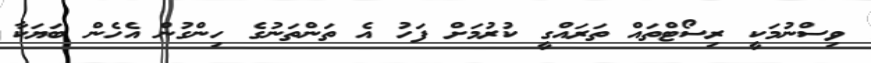
ވިސްނުމަކީ ރިސޯޓްތައް ތަރައްގީ ކުރުމަށް ފަހު އެ ތަންތަނުގެ ހިންގުން އެހެން ބަޔަކާ